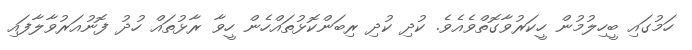
ހަމުގައި ބީހިލުމުން ހީކަރުވާގޮތްވެއެވެ. ކުދި ކުދި ރިބަންކޮޅުތައްހެން ހީވާ ރާޅުތައް ހުދު ފޮނުއަރުވާލާފައި